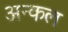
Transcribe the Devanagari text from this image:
अन्कल